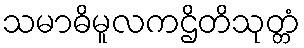
သမာဓိမူလကဌိတိသုတ္တံ